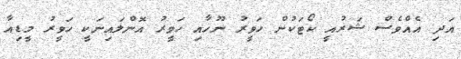
އަދި އެއްވެސް ޝަރުއީ ކޯޓަކުން ހަވީރު ނޫހާއި ހަވީރު އޮންލައިނަކީ ހަވީރު މީޑިއާ